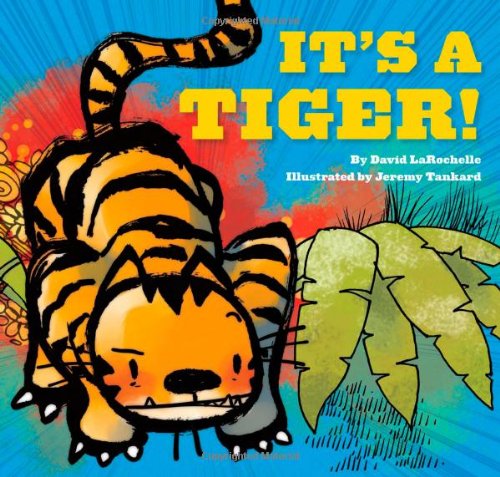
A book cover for It's a Tiger!; David LaRochelle; Children's Books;